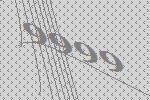
9999